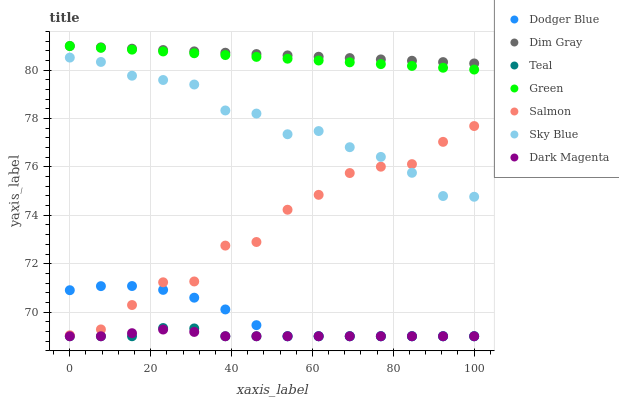
| xaxis_label | Dodger Blue | Dim Gray | Teal | Green | Salmon | Sky Blue | Dark Magenta |
 | --- | --- | --- | --- | --- | --- | --- | --- |
 | 0 | 70.9 | 81 | 69 | 81 | 69 | 80.5 | 69 |
 | 7.69 | 71.1 | 80.9 | 69 | 80.9 | 69.3 | 80.3 | 69 |
 | 15.4 | 71.1 | 80.9 | 69 | 80.9 | 70.3 | 79.8 | 69.1 |
 | 23.1 | 70.9 | 80.8 | 69.3 | 80.8 | 71.2 | 79.6 | 69.3 |
 | 30.8 | 70.6 | 80.8 | 69.3 | 80.7 | 71.3 | 79.4 | 69.2 |
 | 38.5 | 70.1 | 80.7 | 69 | 80.6 | 72.7 | 78.3 | 69 |
 | 46.2 | 69.5 | 80.7 | 69 | 80.6 | 72.9 | 78.2 | 69 |
 | 53.8 | 69 | 80.6 | 69 | 80.5 | 74.2 | 77.4 | 69 |
 | 61.5 | 69 | 80.6 | 69 | 80.4 | 74.8 | 77.5 | 69 |
 | 69.2 | 69 | 80.5 | 69 | 80.3 | 75.7 | 76.8 | 69 |
 | 76.9 | 69 | 80.4 | 69 | 80.3 | 76 | 76.4 | 69 |
 | 84.6 | 69 | 80.4 | 69 | 80.2 | 76.1 | 75.8 | 69 |
 | 92.3 | 69 | 80.3 | 69 | 80.1 | 77 | 74.8 | 69 |
 | 100 | 69 | 80.3 | 69 | 80 | 77.7 | 74.8 | 69 |